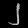
Digit: ၂